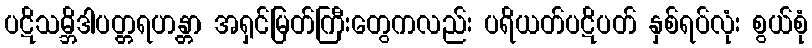
ပဋိသမ္ဘိဒါပတ္တရဟန္တာ အရှင်မြတ်ကြီးတွေကလည်း ပရိယတ်ပဋိပတ် နှစ်ရပ်လုံး စွယ်စုံ